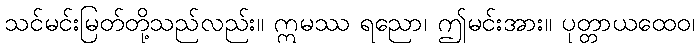
သင်မင်းမြတ်တို့သည်လည်း။ ဣမဿ ရညော၊ ဤမင်းအား။ ပုတ္တာယထေဝ၊